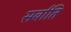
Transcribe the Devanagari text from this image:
सर्वाति